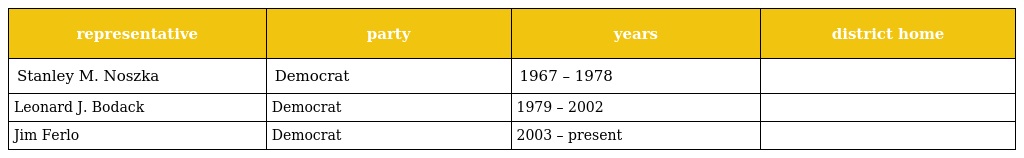
| representative | party | years | district home |
 | --- | --- | --- | --- |
 | Stanley M. Noszka | Democrat | 1967 – 1978 |  |
 | Leonard J. Bodack | Democrat | 1979 – 2002 |  |
 | Jim Ferlo | Democrat | 2003 – present |  |